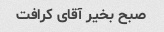
صبح بخیر آقای کرافت